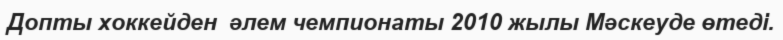
Допты хоккейден  әлем чемпионаты 2010 жылы Мәскеуде өтеді.